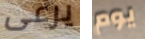
يرعى يوم